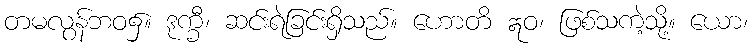
တမလွန်ဘဝ၌။ ဒုက္ခီ၊ ဆင်းရဲခြင်းရှိသည်။ ဟောတိ ဣဝ၊ ဖြစ်သကဲ့သို့။ ယော၊